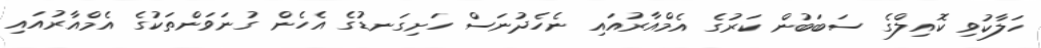
ހަލާކުވި ކޮއިލްގެ ސަބަބުން ކަރުގެ އެމްއާރުއައި ނެހެދުނަސް ހަށިގަނޑުގެ އެހެން ގުނަވަންތަކުގެ އެމްއާރުއައި